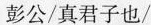
彭公/真君子也/